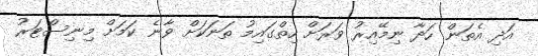
އަދި އެތަން ހަދާ ނިމޭއިރު ވަރަށް ހިތްގައިމު ތަނަކަށް ވާނެ ކަމަށް މިނިސްޓަރު